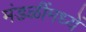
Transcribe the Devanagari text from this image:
मंडळींमध्यें